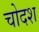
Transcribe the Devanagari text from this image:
चोदश